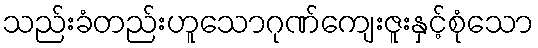
သည်းခံတည်းဟူသောဂုဏ်ကျေးဇူးနှင့်စုံသော